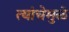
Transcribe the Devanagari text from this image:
त्यांचेमुळे